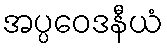
အပ္ပဝေဒနီယံ